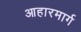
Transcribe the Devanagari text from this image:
आहारमार्ग